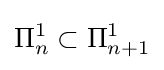
\Pi _{n}^{1}\subset \Pi _{n+1}^{1}